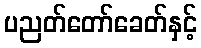
ပညတ်တော်ခေတ်နှင့်